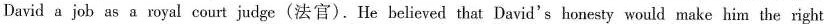
David a job as a royal court judge(法官).He believed that David's honesty would make him the right